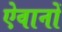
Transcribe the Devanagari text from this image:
ऐवानों